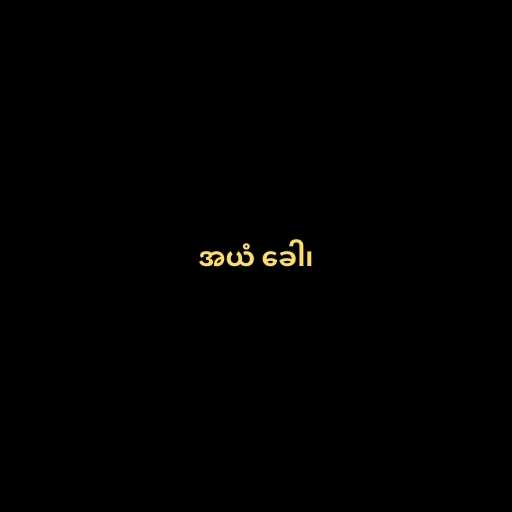
အယံ ခေါ၊